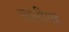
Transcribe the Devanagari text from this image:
सालीसह